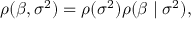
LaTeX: \rho ( { \boldsymbol { \beta } } , \sigma ^ { 2 } ) = \rho ( \sigma ^ { 2 } ) \rho ( { \boldsymbol { \beta } } \mid \sigma ^ { 2 } ) ,